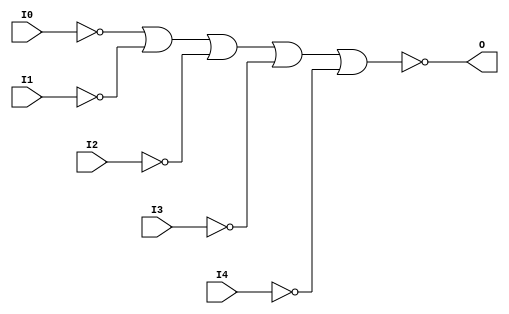
module NOR5B5 (O, I0, I1, I2, I3, I4);

    output O;

    input  I0, I1, I2, I3, I4;

    wire i0_inv;
    wire i1_inv;
    wire i2_inv;
    wire i3_inv;
    wire i4_inv;

    not N4 (i4_inv, I4);
    not N3 (i3_inv, I3);
    not N2 (i2_inv, I2);
    not N1 (i1_inv, I1);
    not N0 (i0_inv, I0);
    nor O1 (O, i0_inv, i1_inv, i2_inv, i3_inv, i4_inv);


endmodule